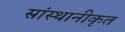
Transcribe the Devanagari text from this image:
सांस्थानीकृत